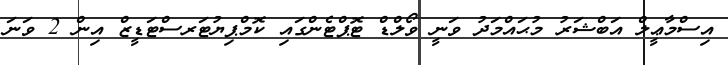
އިސްމާޢީލް އަބްޝަރު މުޙައްމަދު ވަނީ ވޯލްޑް ޓޮޕްޓެންގައި ކޮމްޕިޔުޓަރސްޓަޑީޒް އިން 2 ވަނަ